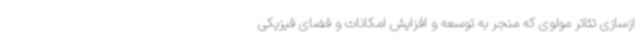
ازسازی تئاتر مولوی که منجر به توسعه و افزایش امکانات و فضای فیزیکی